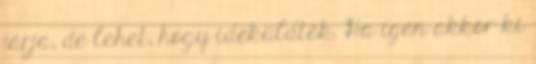
járja, de lehet, hogy ideküldték. Ha igen akkor ki